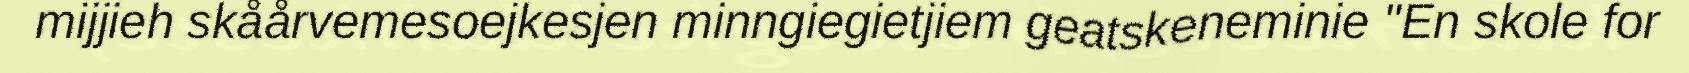
mijjieh skåårvemesoejkesjen minngiegietjiem geatskeneminie "En skole for